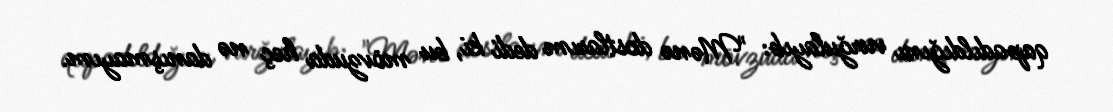
qapadıldığını vurğulayıb: "Mənə dostlarım dedi ki, bu mövzuda heç nə danışmayım.